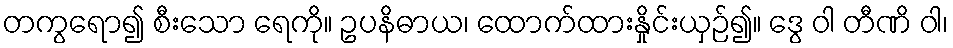
တကွရော၍ စီးသော ရေကို။ ဥပနိဓာယ၊ ထောက်ထားနှိုင်းယှဉ်၍။ ဒွေ ဝါ တီဏိ ဝါ၊